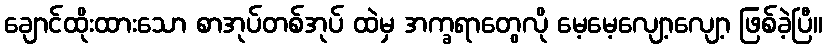
ချောင်ထိုးထားသော စာအုပ်တစ်အုပ် ထဲမှ အက္ခရာတွေလို မေ့မေ့လျော့လျော့ ဖြစ်ခဲ့ပြီ။